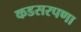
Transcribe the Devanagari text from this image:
कडसरपणा